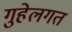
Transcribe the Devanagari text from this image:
गुहेलगत